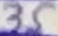
Text: 35